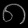
Digit: ၈